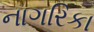
નાગરિકા